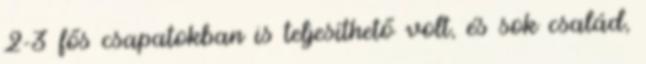
2-3 fős csapatokban is teljesíthető volt, és sok család,